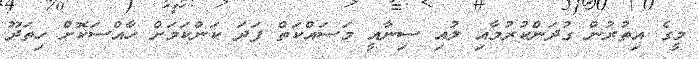
މީގެ އިތުރުން ގުދަންކުރުމާއި ލުއި ސިނާއީ މަސައްކަތް ފަދަ ކަންކަމަށް ހާއްސަކޮށް ހިތަދޫ